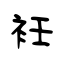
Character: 衽